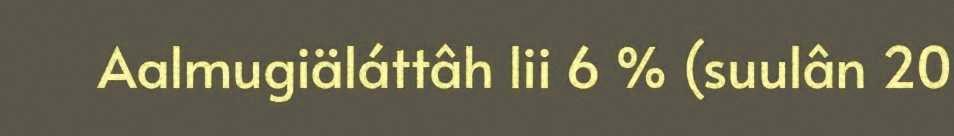
Aalmugiäláttâh lii 6 % (suulân 20